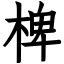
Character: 椑